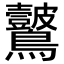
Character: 𪈞